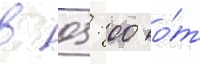
в 05: 00 о́т